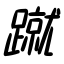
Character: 蹴